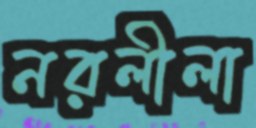
নরলীলা